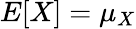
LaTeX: E[X]=\mu_{X}